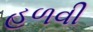
હળવી